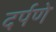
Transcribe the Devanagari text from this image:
दर्पणे